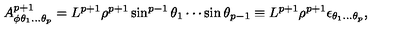
A _ { \phi \theta _ { 1 } . . . \theta _ { p } } ^ { p + 1 } = L ^ { p + 1 } \rho ^ { p + 1 } \sin ^ { p - 1 } \theta _ { 1 } \cdots \sin \theta _ { p - 1 } \equiv L ^ { p + 1 } \rho ^ { p + 1 } \epsilon _ { \theta _ { 1 } . . . \theta _ { p } } ,